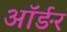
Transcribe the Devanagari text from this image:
ऑर्ङर